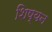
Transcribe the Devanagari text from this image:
शिष्यन